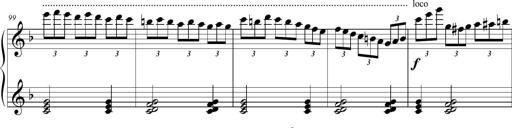
Title: 2 Sonatines faciles et brillantes pour le piano-forte seul
Composer: Carl Czerny